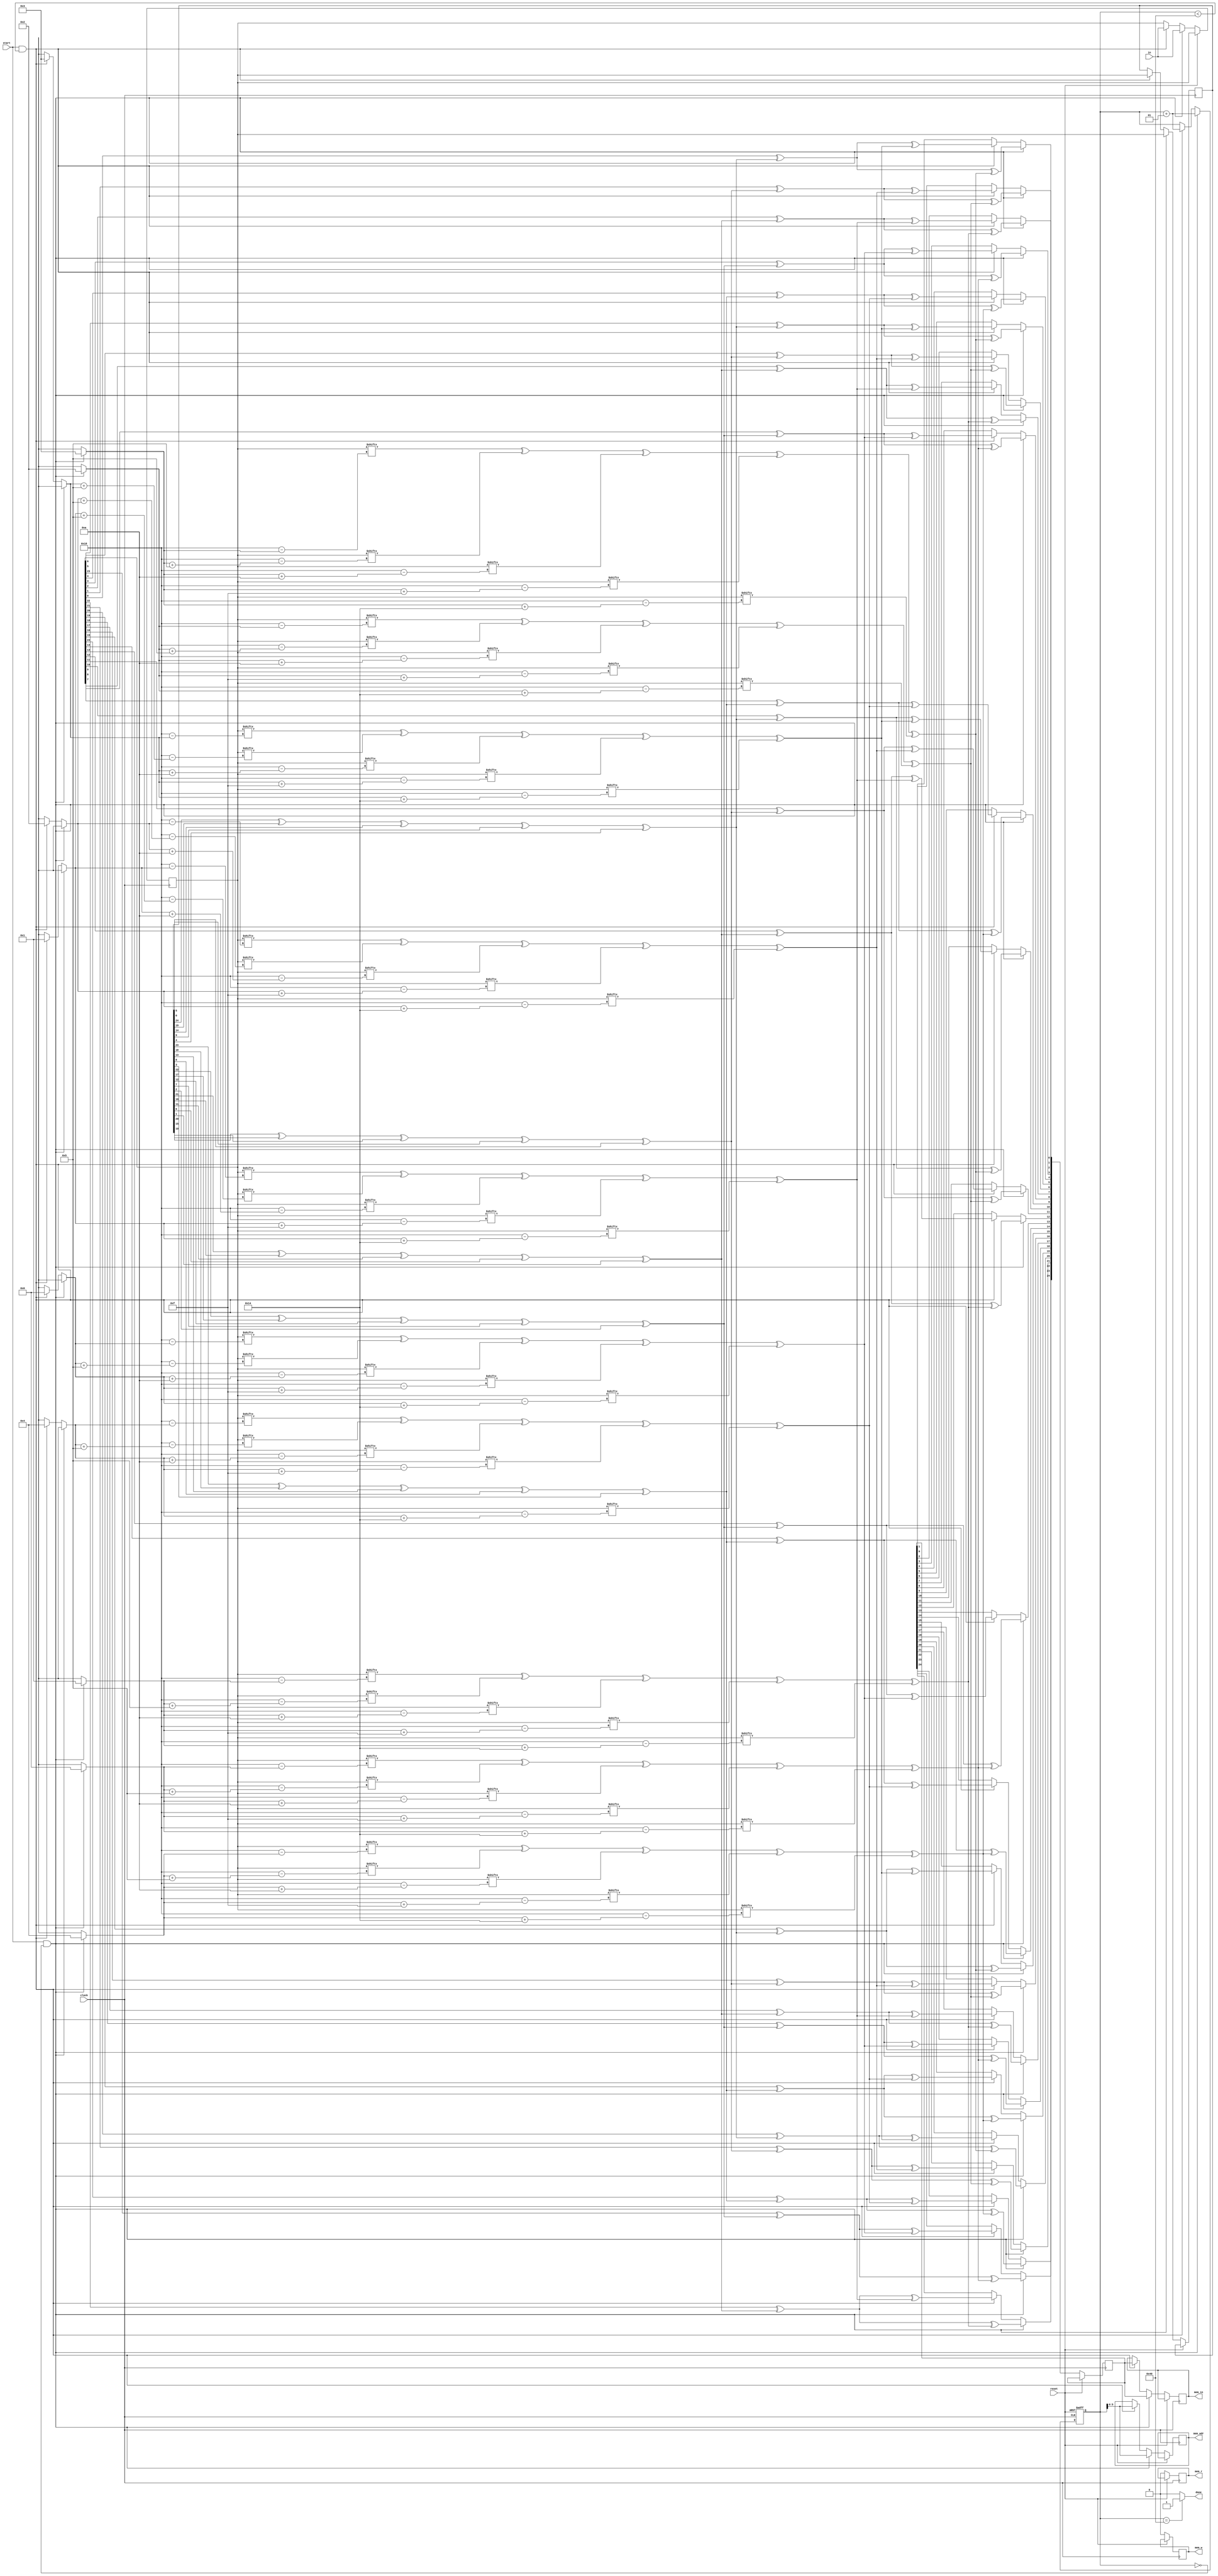
module Colparity 
(
    input [0:24] in,
    input start,
    input clock,
    input reset,
    output reg done,
    output reg [5:0] mem_adr,
    output reg [0:24] mem_in,
    output reg mem_r,
    output reg mem_w
);

integer i, x, y, prev_i, present_i, slice = 0;

reg [0:24] in_temp;
reg [0:24] prev_slice;
reg [0:24] present_slice;
reg x1, x2, x3;

always @(posedge clock, posedge reset) begin
    if (reset) begin
        slice = 0;
    end
    else if (start && slice == 0) begin
        mem_r = 1;
        mem_adr = 63;
        mem_w = 0;
        #1;
        prev_slice <= in;
        #1;
        mem_adr = slice;
        #1;
        present_slice <= in;
        #1;
        for (i = 0 ; i < 25 ; i = i + 1) begin 
            x = i % 5;
            present_i = (x - 1) % 5;
            if (present_i < 0) begin
                present_i = present_i + 5;
            end
            prev_i = (x + 1) % 5;

            x1 = present_slice[i];
            x2 = prev_slice[prev_i] ^ prev_slice[prev_i + 5] ^ 
                 prev_slice[prev_i + 10] ^ prev_slice[prev_i + 15] ^ prev_slice[prev_i + 20];

            x3 = present_slice[present_i] ^ present_slice[present_i + 5] ^ 
                 present_slice[present_i + 10] ^ present_slice[present_i + 15] ^ present_slice[present_i + 20];
            #1;
            in_temp[i] <= x1 ^ x2 ^ x3;
            #1;
        end

        #5;
        mem_r = 0;
        mem_w = 1;
        #1;
        mem_in = in_temp;
        #5;
        slice = slice + 1;
        #1;
        mem_r = 0;
        mem_w = 0;
        #1;
        prev_slice <= present_slice;
        #1;
    end

    else if (start && slice < 64) begin
        mem_r = 1;
        mem_w = 0;
        mem_adr = slice;
        #1;
        present_slice <= in;
        #1;
        for (i = 0 ; i < 25 ; i = i + 1) begin 
            x = i % 5;
            present_i = (x - 1) % 5;
            prev_i = (x + 1) % 5;
            if (present_i < 0) begin
                present_i = present_i + 5;
            end

            x1 = present_slice[i];
            x2 = prev_slice[prev_i] ^ prev_slice[prev_i + 5] ^ 
                 prev_slice[prev_i + 10] ^ prev_slice[prev_i + 15] ^ prev_slice[prev_i + 20];

            x3 = present_slice[present_i] ^ present_slice[present_i + 5] ^ 
                 present_slice[present_i + 10] ^ present_slice[present_i + 15] ^ present_slice[present_i + 20];
            #1;
            in_temp[i] <= x1 ^ x2 ^ x3;
            #1;
        end

        #5;
        mem_r = 0;
        mem_w = 1;
        #1;
        mem_in = in_temp;
        #5;
        slice = slice + 1;
        #1;
        mem_r = 0;
        mem_w = 0;
        #1;
        prev_slice <= present_slice;
        #1;
    end
    else begin
        mem_r = 0;
        mem_w = 0;
    end
end

assign done = (slice == 64) ? 1 : 0;
endmodule